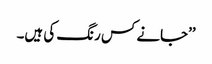
’’جانے کس رنگ کی ہیں۔